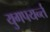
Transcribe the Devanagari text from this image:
युगपयर्न्त